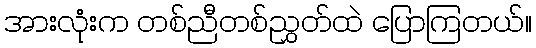
အားလုံးက တစ်ညီတစ်ညွှတ်ထဲ ပြောကြတယ်။